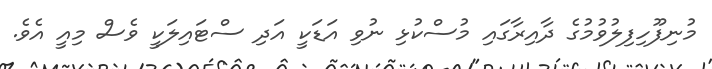
މުނިފޫހިފިލުވުމުގެ ދާއިރާގައި މުސްކުޅި ނުވި އަޑަކީ އަދި ސްޓައިލަކީ ވެސް މިއީ އެވެ.